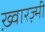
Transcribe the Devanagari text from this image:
ख़्वारज़्मी